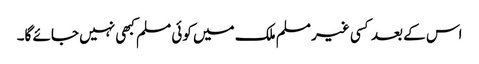
اس کے بعد کسی غیر مسلم ملک میں کوئی مسلم کبھی نہیں جائے گا۔